Lock hospitals Punjab
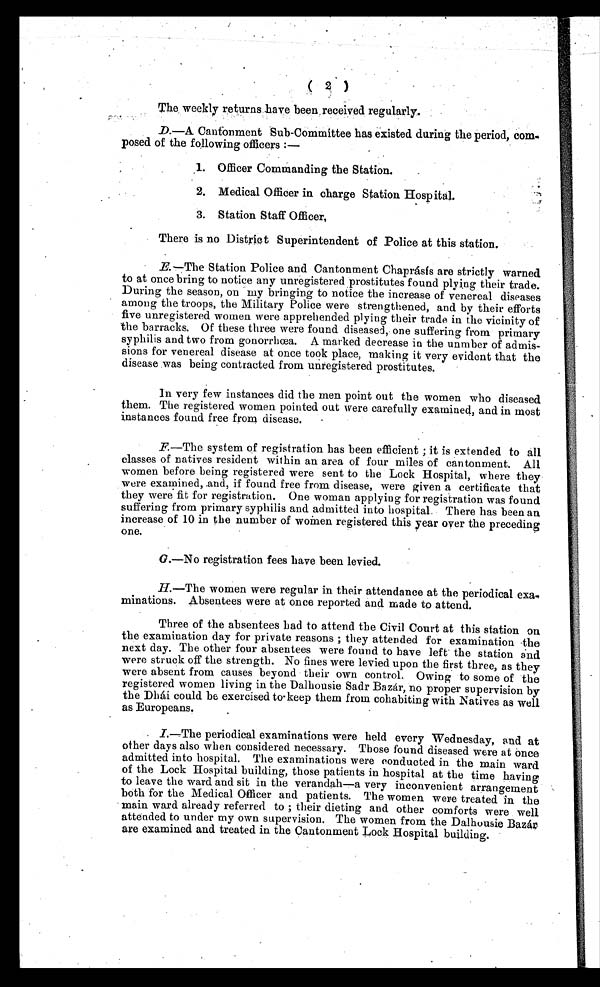
The, weekly returns have been, received regularly.
D.—A Cantonment Sub-Committee has existed during the period, Com-
posed of the following officers :—
1. Of f i cer Commandi ng t he St at i on.
2. Medical Officer in charge Station Hospital.
3. Station Staff Officer,
There is no District Superintendent of Police at this station.
E.—The Station Police and Cantonment Chaprásís are strictly warned
to at once bring to notice any unregistered prostitutes found plying their trade.
During the season, on my bringing to notice the increase of venereal diseases
among the troops, the Military Police were strengthened, and by their efforts
five unregistered women were apprehended plying their trade in the vicinity of
the barracks. Of these three were found diseased, one suffering from primary
syphilis and two from gonorrhœa. A marked decrease in the unmber of admis-
sions for venereal disease at once took place, making it very evident that the
disease was being contracted from unregistered prostitutes.
In very few instances did the men point out the women who diseased
them. The registered women pointed out were carefully examined, and in most
instances found free from disease.
F. — T h e s y s t e m o f r e g i s t r a t i o n h a s b e e n e f f i c i e n t ; i t i s e x t e n d e d t o a l l
classes of natives resident within an area of four miles of cantonment. All
women before being registered were sent to the Lock Hospital, where they
were examined, and, if found free from disease, were given a certificate that
they were fit for registration. One woman applying for registration was found
suffering from primary syphilis and admitted into hospital. There has been an
increase of 10 in the number of women registered this year over the preceding
one.
G .—No registration fees have been levied.
H.—The women were regular in their attendance at the periodical
exa-minations. Absentees were at once reported and made to attend.
Three of the absentees had to attend the Civil Court at this station on
the examination day for private reasons ; they attended for examination the
next day. The other four absentees were found to have left the station and
were struck off the strength. No fines were levied upon the first three, as they
were absent from causes beyond their own control. Owing to some of the
registered women living in the Dalhousie Sadr Bazár, no proper supervision by
the Dhái could be exercised to keep them from cohabiting with Natives as well
as Europeans.
I.
—The periodical examinations were held every Wednesday, and at
other days also when considered necessary. Those found diseased were at once
admitted into hospital. The examinations were conducted in the main ward
of the Lock Hospital building, those patients in hospital at the time having
to leave the ward and sit in the verandah—a very inconvenient arrangement
both for the Medical Officer and patients. The women were treated in the
main ward already referred to ; their dieting and other comforts were well
attended to under my own supervision. The women from the Dalhousie Bazár
are examined and treated in the Cantonment Lock Hospital building.